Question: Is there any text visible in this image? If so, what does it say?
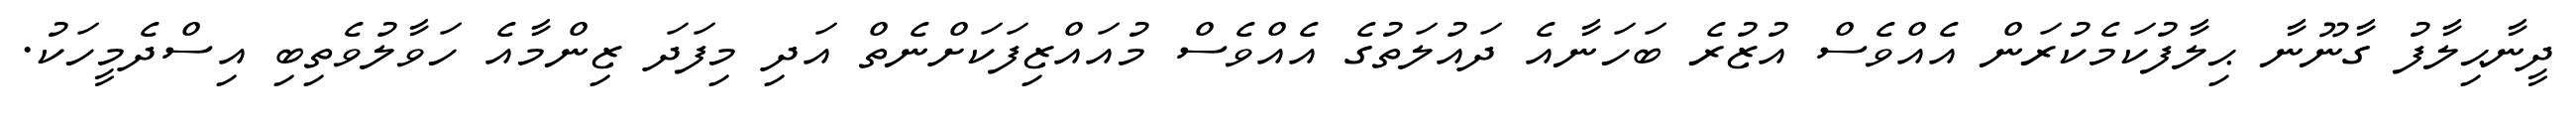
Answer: ދީނާޙިލާފު ގާނޫނާ ޙިލާފުކަމެކުރަން އެއްވެސް އުޒުރެ ބަހަނާއެ ދައުލަތުގެ އެއްވެސް މުއައްޒިފަކަށްނެތް އަދި މިފަދަ ޒިންމާއެ ހަވާލުވެތިބި އިސްދެމީހަކު.